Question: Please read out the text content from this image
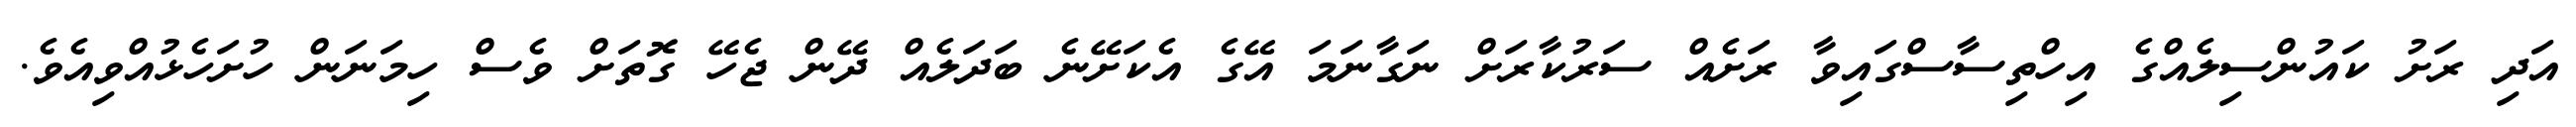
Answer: އަދި ރަށު ކައުންސިލެއްގެ އިހްތިސާސްގައިވާ ރަށެއް ސަރުކާރަށް ނަގާނަމަ އޭގެ އެކަށޭނެ ބަދަލެއް ދޭން ޖެހޭ ގޮތަށް ވެސް ހިމަނަން ހުށަހެޅުއްވިއެވެ.